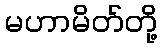
မဟာမိတ်တို့